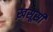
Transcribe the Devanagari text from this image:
ख़सूसी